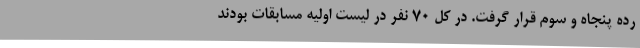
رده پنجاه و سوم قرار گرفت. در کل ۷۰ نفر در لیست اولیه مسابقات بودند